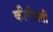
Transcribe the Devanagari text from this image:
कीरीबती